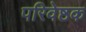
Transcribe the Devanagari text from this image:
परिवेष्ठक